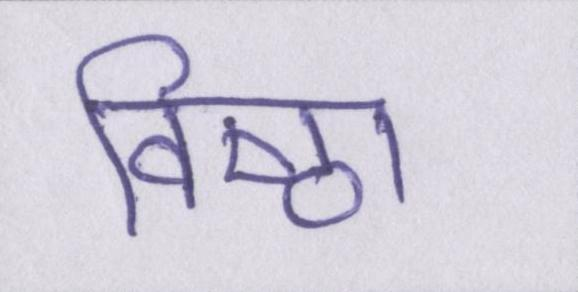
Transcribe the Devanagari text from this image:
विष्ठा